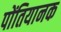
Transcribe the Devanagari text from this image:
पोंतियानक